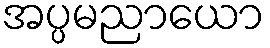
အပ္ပမညာယော